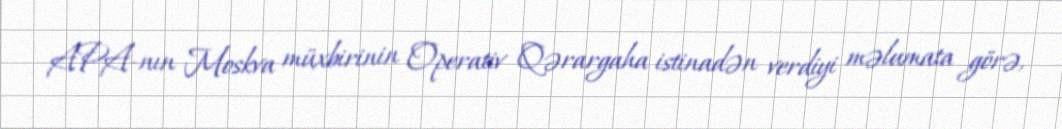
APA-nın Moskva müxbirinin Operativ Qərargaha istinadən verdiyi məlumata görə,